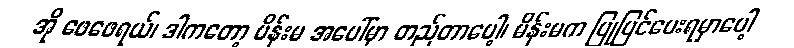
အို ဖေဖေရယ်၊ ဒါကတော့ မိန်းမ အပေါ်မှာ တည်တာပေါ့၊ မိန်းမက ပြုပြင်ပေးရမှာပေါ့